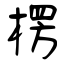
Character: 楞